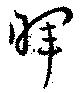
暉